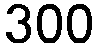
300